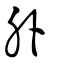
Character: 外